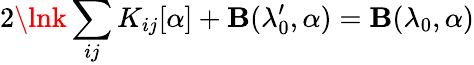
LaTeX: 2\lnk\sum_{ij}K_{ij}[\alpha]+\mathbf{B}(\lambda_{0}^{\prime},\alpha)=\mathbf{B}(\lambda_{0},\alpha)